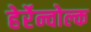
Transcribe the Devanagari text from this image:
हेर्रेन्वोल्क